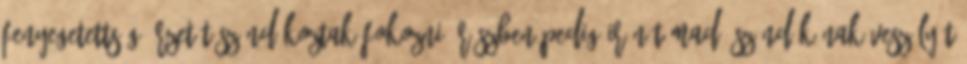
fenyegetettség-érzetét szándékoztak fokozni, részben pedig Irán támadó szándékának veszélyét